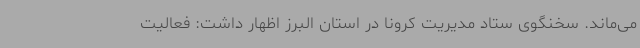
می‌ماند. سخنگوی ستاد مدیریت کرونا در استان البرز اظهار داشت: فعالیت